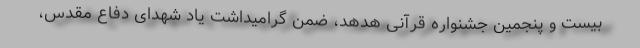
بیست و پنجمین جشنواره قرآنی هدهد، ضمن گرامیداشت یاد شهدای دفاع مقدس،